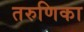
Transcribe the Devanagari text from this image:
तरुणिका